Annual report on the Civil Veterinary Department, Burma (including the Insein Veterinary School) - 1910-1922
Year: 1910
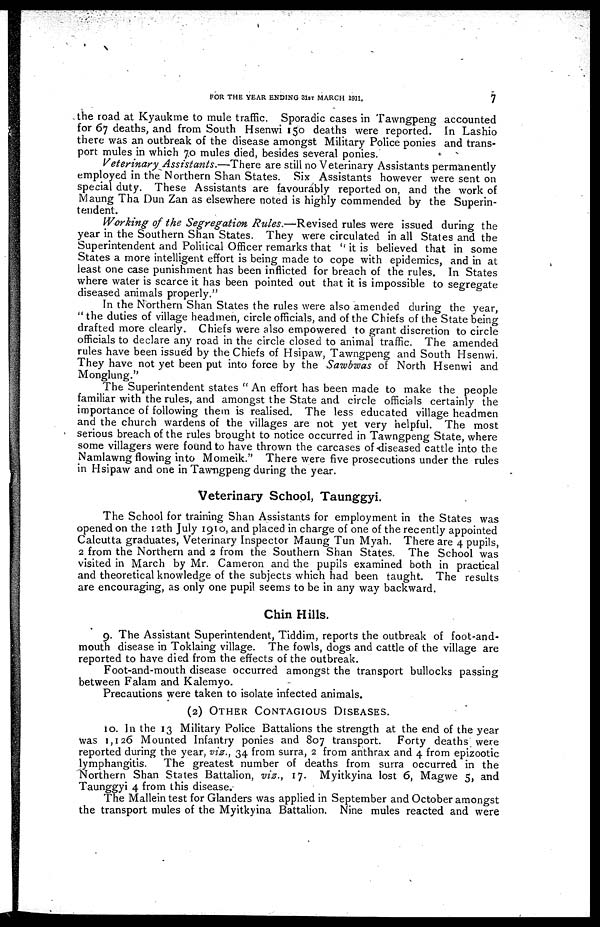
FOR THE YEAR ENDING 31ST MARCH 1911,
7
the road at Kyaukme to mule traffic. Sporadic cases in Tawngpeng accounted
for 67 deaths, and from South Hsenwi 150 deaths were reported. In Lashio
there was an outbreak of the disease amongst Military Police ponies and trans-
port mules in which 70 mules died, besides several ponies.
Veterinary Assistants.—There
are still no Veterinary Assistants permanently
employed in the Northern Shan States. Six Assistants however were sent on
special duty. These Assistants are favourably reported on, and the work of
Maung Tha Dun Zan as elsewhere noted is highly commended by the Superin-
tendent.
Working of the Segregation Rules.—Revised
rules were issued during the
year in the Southern Shan States. They were circulated in all States and the
Superintendent and Political Officer remarks that "it is believed that in some
States a more intelligent effort is being made to cope with epidemics, and in at
least one case punishment has been inflicted for breach of the rules. In States
where water is scarce it has been pointed out that it is impossible to segregate
diseased animals properly."
In the Northern Shan States the rules were also amended during the year,
" the duties of village headmen, circle officials, and of the Chiefs of the State being
drafted more clearly. Chiefs were also empowered to grant discretion to circle
officials to declare any road in the circle closed to animal traffic. The amended
rules have been issued by the Chiefs of Hsipaw, Tawngpeng and South Hsenwi.
They have not yet been put into force by the Sawbwas of North Hsenwi and
Monglung."
The Superintendent states " An effort has been made to make the people
familiar with the rules, and amongst the State and circle officials certainly the
importance of following them is realised. The less educated village headmen
and the church wardens of the villages are not yet very helpful. The most
serious breach of the rules brought to notice occurred in Tawngpeng State, where
some villagers were found to have thrown the carcases of "diseased cattle into the
Namlawng flowing into Momeik." There were five prosecutions under the rules
in Hsipaw and one in Tawngpeng during the year.
Veterinary School, Taunggyi.
The School for training Shan Assistants for employment in the States was
opened on the 12th July 1910, and placed in charge of one of the recently appointed
Calcutta graduates, Veterinary Inspector Maung Tun Myah. There are 4 pupils,
2 from the Northern and 2 from the Southern Shan States. The School was
visited in March by Mr. Cameron and the pupils examined both in practical
and theoretical knowledge of the subjects which had been taught. The results
are encouraging, as only one pupil seems to be in any way backward.
Chin Hills.
9. The Assistant Superintendent, Tiddim, reports the outbreak of foot-and-
mouth disease in Toklaing village. The fowls, dogs and cattle of the village are
reported to have died from the effects of the outbreak.
Foot-and-mouth disease occurred amongst the transport bullocks passing
between Falam and Kalemyo.
Precautions were taken to isolate infected animals.
(2)
OTHER
CONTAGIOUS
DISEASES.
to. In the 13 Military Police Battalions the strength at the end of the year
Was 1,126 Mounted Infantry ponies and 807 transport.
Forty deaths were
reported during the year, viz., 34 from surra, 2 from anthrax and 4 from epizootic
lymphangitis.
The greatest number of deaths from surra occurred in the
"Northern Shan States Battalion, viz., 17. Myitkyina lost 6, Magwe 5, and
Taunggyi 4 from this disease.
The Mallein test for Glanders was applied in September and October amongst
the transport mules of the Myitkyina Battalion. Nine mules reacted and were